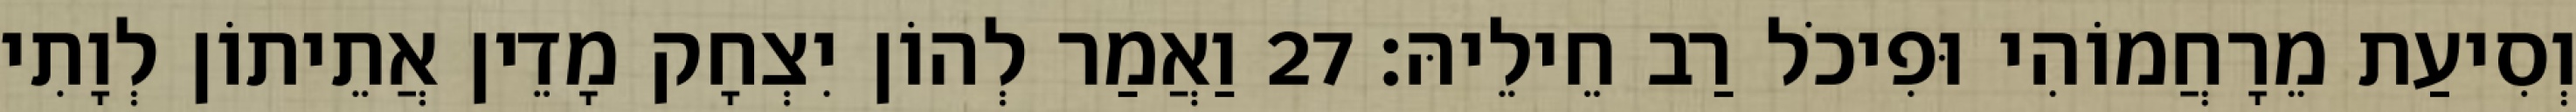
וְסִיעַת מֵרָחֲמוֹהִי וּפִיכֹל רַב חֵילֵיהּ׃ 27 וַאֲמַר לְהוֹן יִצְחָק מָדֵין אֲתֵיתוֹן לְוָתִי